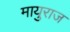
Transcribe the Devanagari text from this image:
मायुराज